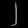
Digit: ၂